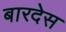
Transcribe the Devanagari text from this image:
बारदेस